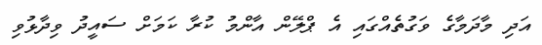
އަދި މާދަމާގެ ވަގުތެއްގައި އެ ޕްލޭން އާންމު ކުރާ ކަމަށް ސައީދު ވިދާޅުވި